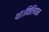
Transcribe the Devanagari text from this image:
था।विलियम